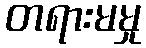
တရားမမှု